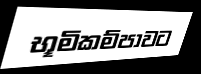
භූමිකම්පාවට